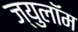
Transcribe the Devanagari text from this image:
ज्युलॉम